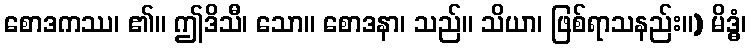
စောဒကဿ၊ ၏။ ဤဒိသီ၊ သော။ စောဒနာ၊ သည်။ သိယာ၊ ဖြစ်ရာသနည်း။) မိဒ္ဓံ၊